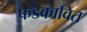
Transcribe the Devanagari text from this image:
फडकावित